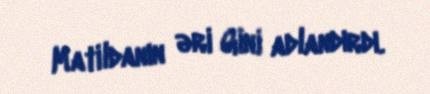
Matildanın əri Gini adlandırdı.